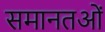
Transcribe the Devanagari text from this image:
समानतओं